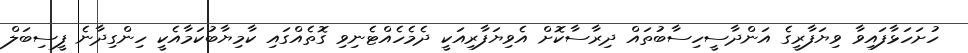
ހުށަހަޅާފައިވާ ވިޔަފާރީގެ އަންދާސީހިސާބުތައް ދިރާސާކޮށް އެވިޔަފާރިއަކީ ދެމެހެއްޓެނިވި ގޮތެއްގައި ކާމިޔާބުކަމާއެކީ ހިންގިދާނެ ފީސިބަލް